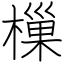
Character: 樔